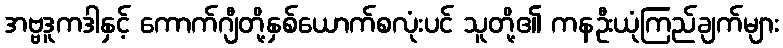
အဗ္ဗဒူကဒါနှင့် ကောက်ဂျီတို့နှစ်ယောက်စလုံးပင် သူတို့၏ ကနဦးယုံကြည်ချက်များ